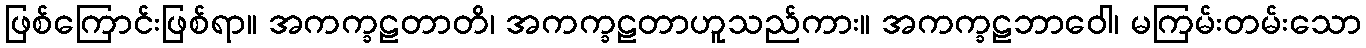
ဖြစ်ကြောင်းဖြစ်ရာ။ အကက္ခဠတာတိ၊ အကက္ခဠတာဟူသည်ကား။ အကက္ခဠဘာဝေါ၊ မကြမ်းတမ်းသော